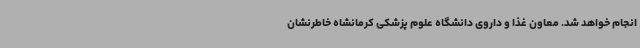
انجام خواهد شد. معاون غذا و داروی دانشگاه علوم پزشکی کرمانشاه خاطرنشان